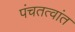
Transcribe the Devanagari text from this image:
पंचतत्वांत